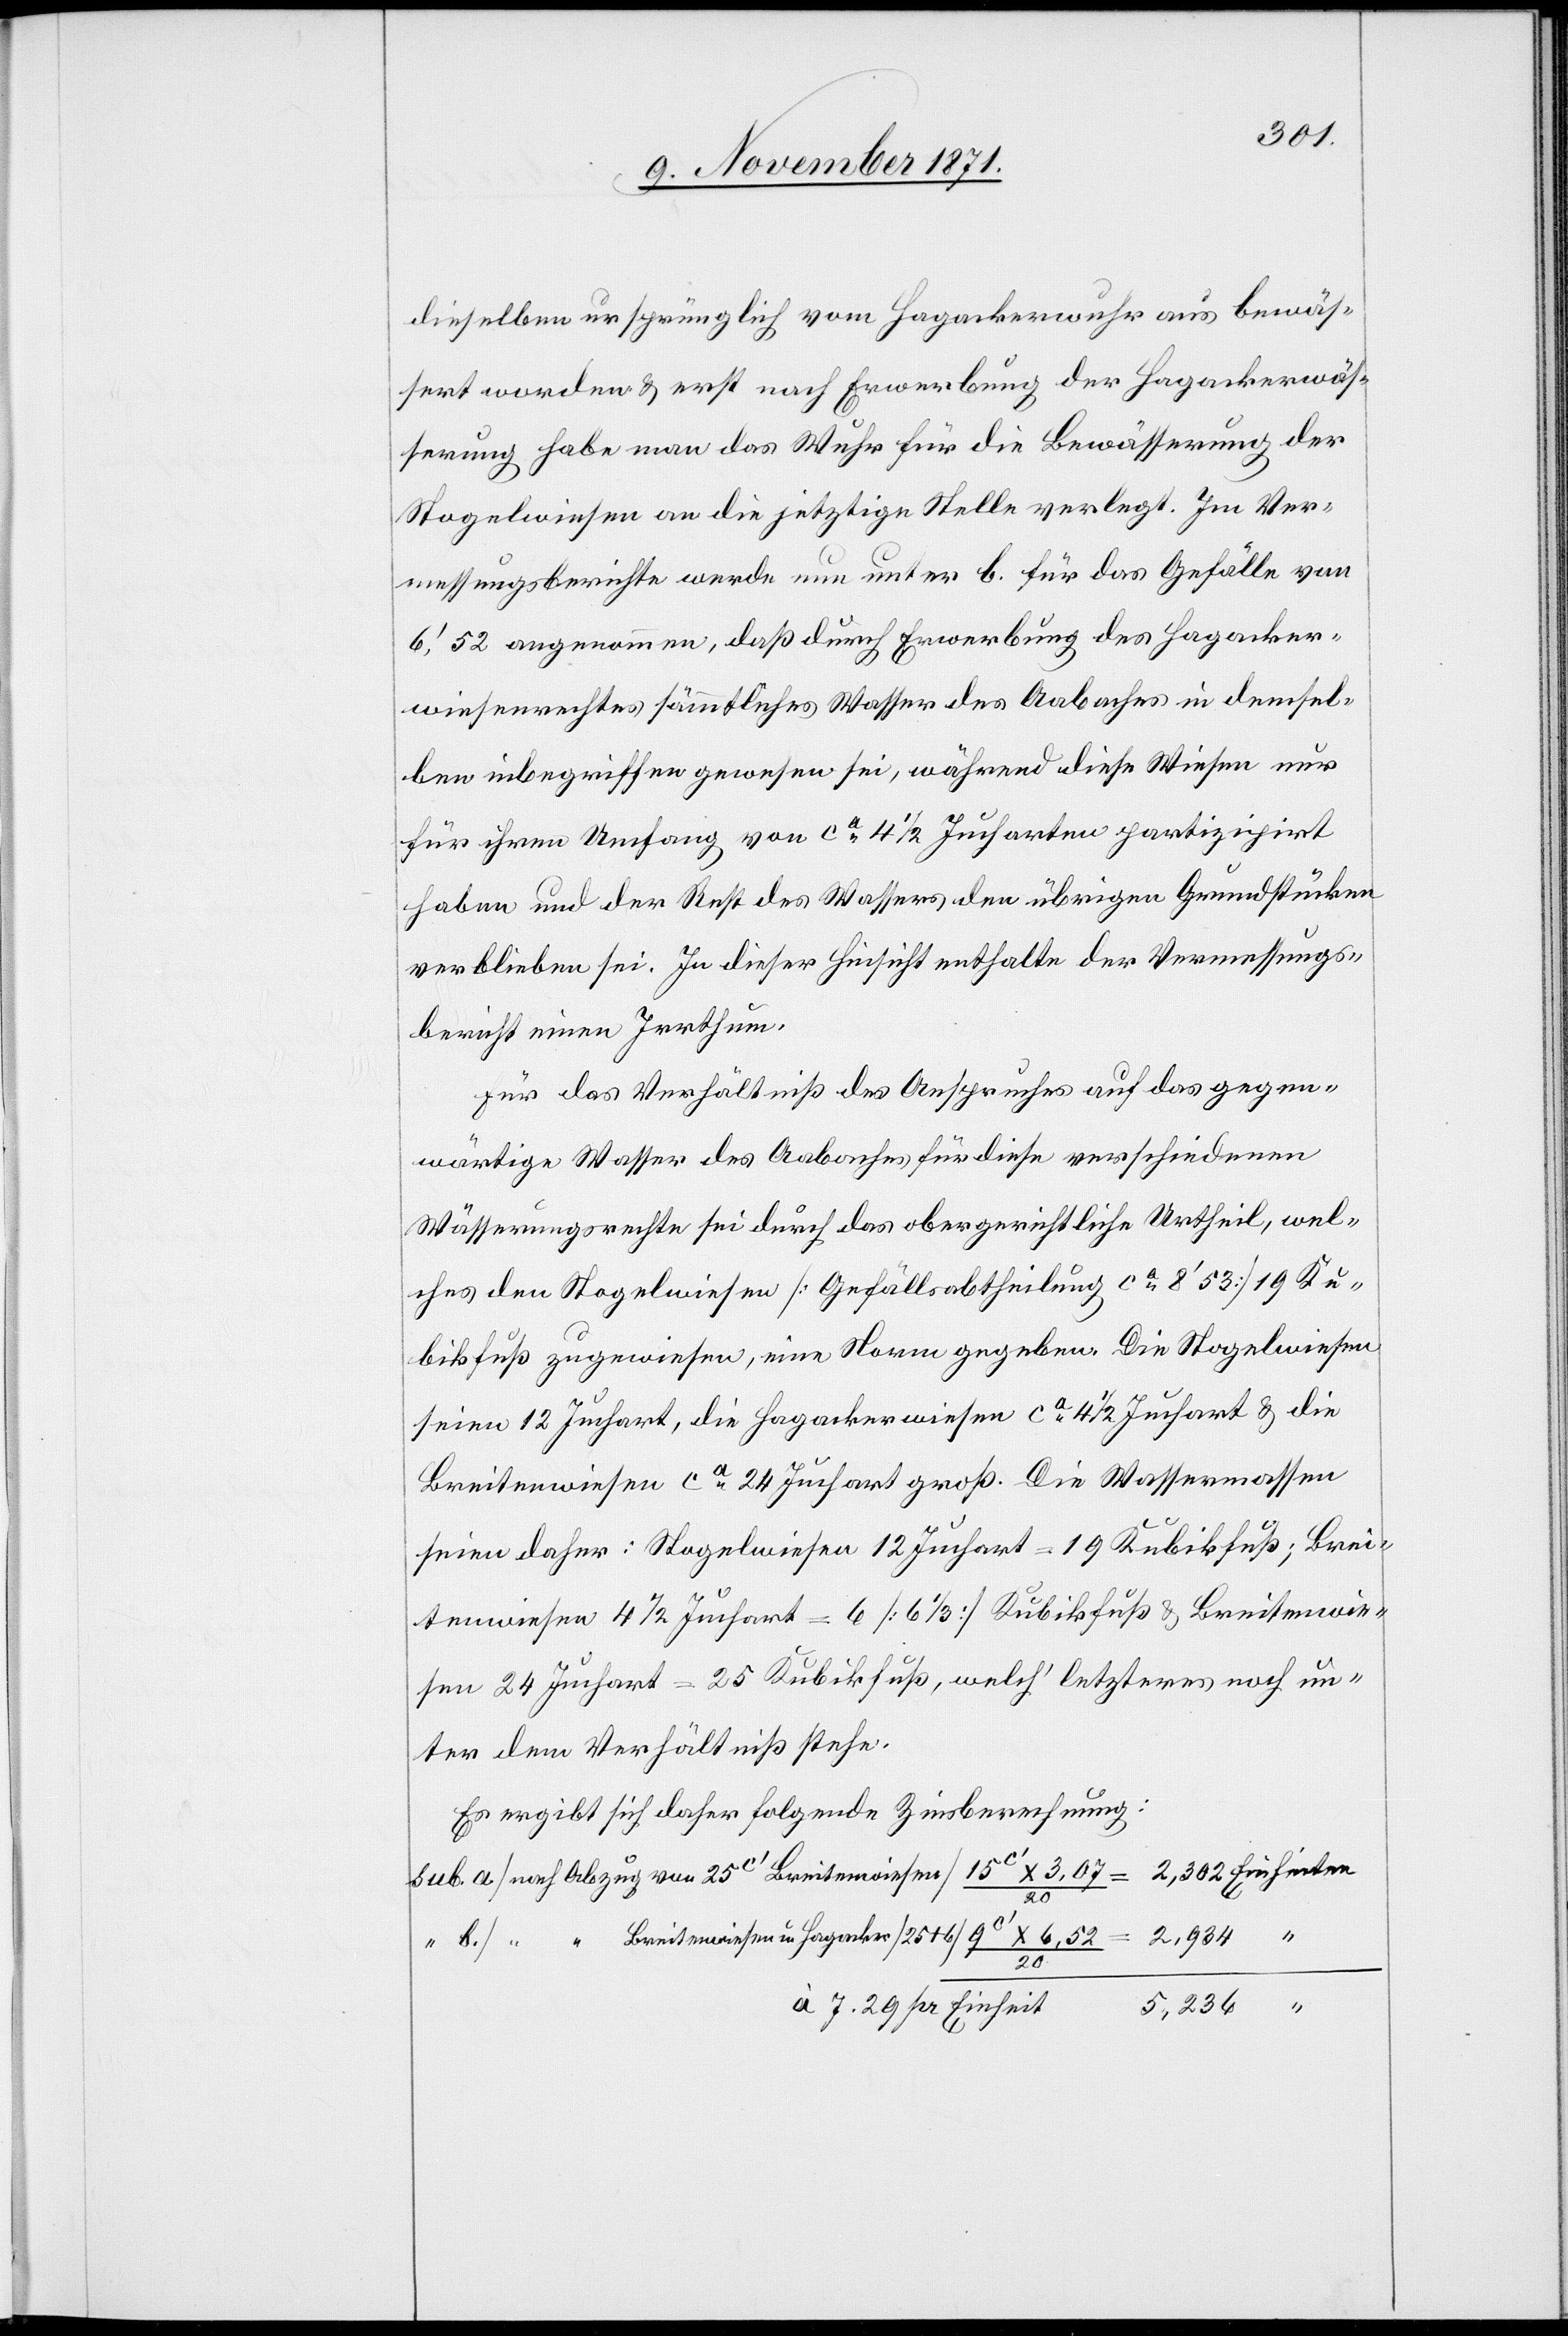
dieselben ursprünglich vom Hagackerwuhr aus bewäs¬
sert worden & erst nach Erwerbung der Hagackerwäs¬
serung habe man das Wuhr für die Bewässerung der
Stogelwiesen an die jetzige Stelle verlegt. Im Ver¬
messungsberichte werde nun unter b. für das Gefälle von
6,’52 angenommen, daß durch Erwerbung des Hagacker¬
wiesenrechtes sämmtliches Wasser des Aabaches in demsel¬
ben inbegriffen gewesen sei, während diese Wiesen nur
für ihren Umfang von ca 4 1/2 Jucharten partizipirt
haben und der Rest des Wassers den übrigen Grundstücken
verblieben sei. In dieser Hinsicht enthalte der Vermessungs¬
bericht einen Irrthum.
Für das Verhältniß des Anspruches auf das gegen¬
wärtige Wasser des Aabaches für diese verschiedenen
Wässerungsrechte sei durch das obergerichtliche Urtheil, wel¬
ches den Stogelwiesen [Gefällsabtheilung ca 8’53] 19 Ku¬
bikfuß zugewiesen, eine Norm gegeben. Die Stogelwiesen
seien 12 Juchart, die Hagackerwiesen ca 24 Juchart groß. Die
seien daher: Stogelwiesen 12 Juchart = 19 Kubikfuß; Brei¬
tenwiesen 4 1/2 Juchart = 6 [6 1/3] Kubikfuß & Breitenwie¬
sen 24 Juchart = 25 Kubikfuß, welch’ letzteres noch un¬
ter dem Verhältniß stehe.
Es ergibt sich daher folgende Zinsberechnung:
20
à 7,29 pr. Einheit
5,236 “